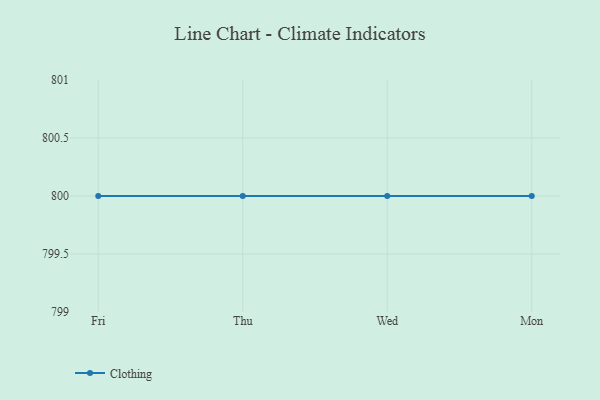
{"axis": {"x": "Day", "y": "Page Views"}, "legend": ["Clothing"], "data": [{"x": "Fri", "y": 800, "type": "Clothing"}, {"x": "Thu", "y": 800, "type": "Clothing"}, {"x": "Wed", "y": 800, "type": "Clothing"}, {"x": "Mon", "y": 800, "type": "Clothing"}]}